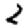
Digit: 2